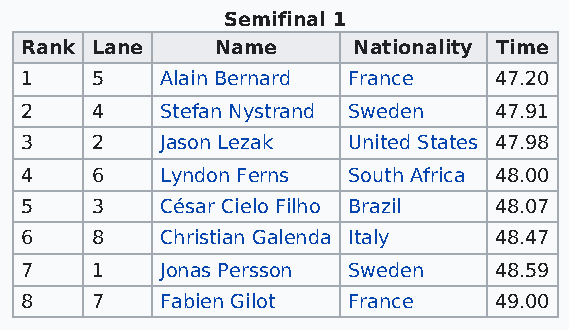
Semifinal 1
 Rank Lane    Name     Nationality Time
 1    5    Alain Bernard France  47.20
 2    4    Stefan Nystrand Sweden 47.91
 3    2    Jason Lezak United States 47.98
 4    6    Lyndon Ferns South Africa 48.00
 5    3    César Cielo Filho Brazil 48.07
 6    8    Christian Galenda Italy 48.47
 7    1    Jonas Persson Sweden  48.59
 8    7    Fabien Gilot France   49.00